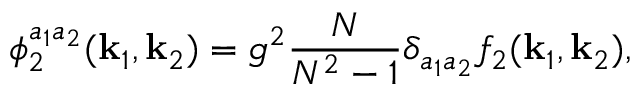
\phi _ { 2 } ^ { a _ { 1 } a _ { 2 } } ( { \bf k } _ { 1 } , { \bf k } _ { 2 } ) = g ^ { 2 } \frac { N } { N ^ { 2 } - 1 } \delta _ { a _ { 1 } a _ { 2 } } f _ { 2 } ( { \bf k } _ { 1 } , { \bf k } _ { 2 } ) ,